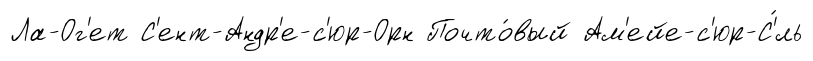
Ла-Ог'ет С'ент-Андр'е-с'юр-Орн Почто́вый Ам'ейе-с'юр-С'́ль